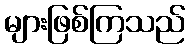
များဖြစ်ကြသည်